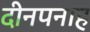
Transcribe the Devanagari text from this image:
दीनपनाह